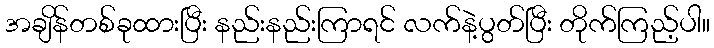
အချိန်တစ်ခုထားပြီး နည်းနည်းကြာရင် လက်နဲ့ပွတ်ပြီး တိုက်ကြည့်ပါ။